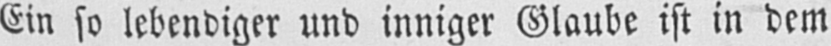
Ein so lebendiger und inniger Glaube ist in dem